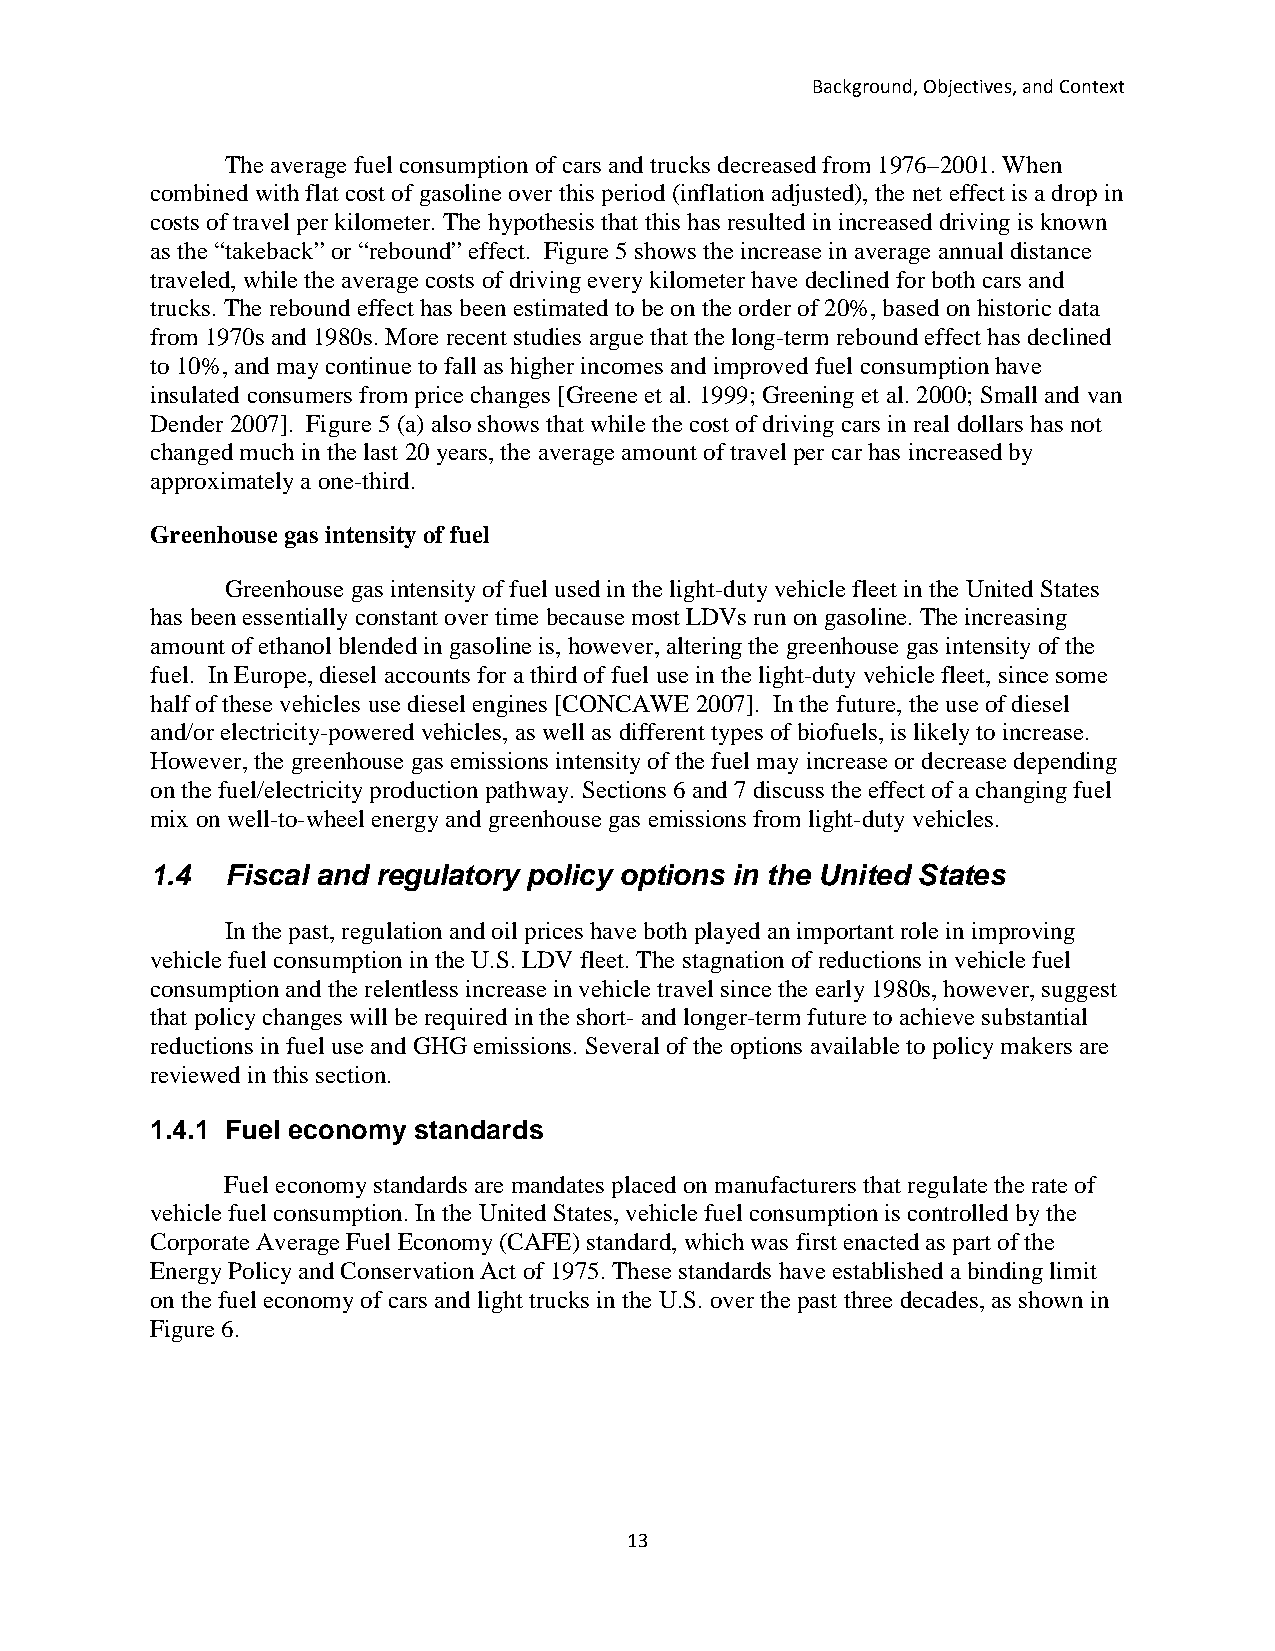
Background, Objectives, and Context
 The average fuel consumption of cars and trucks decreased from 1976–2001. When
 combined with flat cost of gasoline over this period (inflation adjusted), the net effect is a drop in
 costs of travel per kilometer. The hypothesis that this has resulted in increased driving is known
 as the “takeback” or “rebound” effect. Figure 5 shows the increase in average annual distance
 traveled, while the average costs of driving every kilometer have declined for both cars and
 trucks. The rebound effect has been estimated to be on the order of 20%, based on historic data
 from 1970s and 1980s. More recent studies argue that the long-term rebound effect has declined
 to 10%, and may continue to fall as higher incomes and improved fuel consumption have
 insulated consumers from price changes [Greene et al. 1999; Greening et al. 2000; Small and van
 Dender 2007]. Figure 5 (a) also shows that while the cost of driving cars in real dollars has not
 changed much in the last 20 years, the average amount of travel per car has increased by
 approximately a one-third.
 Greenhouse gas intensity of fuel
 Greenhouse gas intensity of fuel used in the light-duty vehicle fleet in the United States
 has been essentially constant over time because most LDVs run on gasoline. The increasing
 amount of ethanol blended in gasoline is, however, altering the greenhouse gas intensity of the
 fuel. In Europe, diesel accounts for a third of fuel use in the light-duty vehicle fleet, since some
 half of these vehicles use diesel engines [CONCAWE 2007]. In the future, the use of diesel
 and/or electricity-powered vehicles, as well as different types of biofuels, is likely to increase.
 However, the greenhouse gas emissions intensity of the fuel may increase or decrease depending
 on the fuel/electricity production pathway. Sections 6 and 7 discuss the effect of a changing fuel
 mix on well-to-wheel energy and greenhouse gas emissions from light-duty vehicles.
 1.4  Fiscal and regulatory policy options in the United States
 In the past, regulation and oil prices have both played an important role in improving
 vehicle fuel consumption in the U.S. LDV fleet. The stagnation of reductions in vehicle fuel
 consumption and the relentless increase in vehicle travel since the early 1980s, however, suggest
 that policy changes will be required in the short- and longer-term future to achieve substantial
 reductions in fuel use and GHG emissions. Several of the options available to policy makers are
 reviewed in this section.
 1.4.1 Fuel economy standards
 Fuel economy standards are mandates placed on manufacturers that regulate the rate of
 vehicle fuel consumption. In the United States, vehicle fuel consumption is controlled by the
 Corporate Average Fuel Economy (CAFE) standard, which was first enacted as part of the
 Energy Policy and Conservation Act of 1975. These standards have established a binding limit
 on the fuel economy of cars and light trucks in the U.S. over the past three decades, as shown in
 Figure 6.
 13